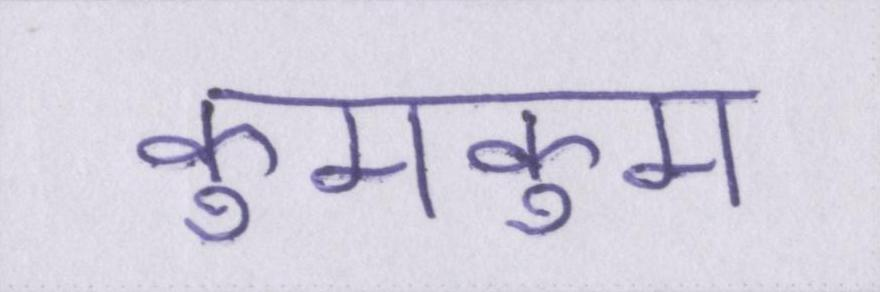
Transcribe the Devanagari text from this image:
कुमकुम